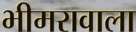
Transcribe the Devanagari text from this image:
भीमरावाला